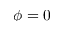
\phi = 0